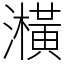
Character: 㶇